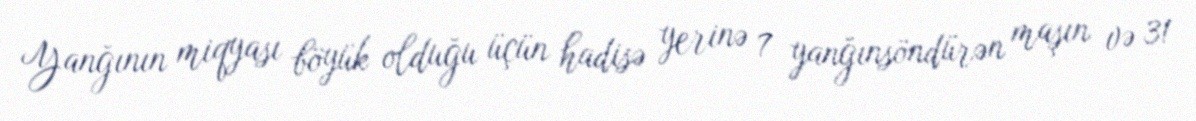
Yanğının miqyası böyük olduğu üçün hadisə yerinə 7 yanğınsöndürən maşın və 31